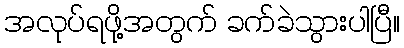
အလုပ်ရဖို့အတွက် ခက်ခဲသွားပါပြီ။